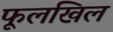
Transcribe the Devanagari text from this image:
फूलखिल